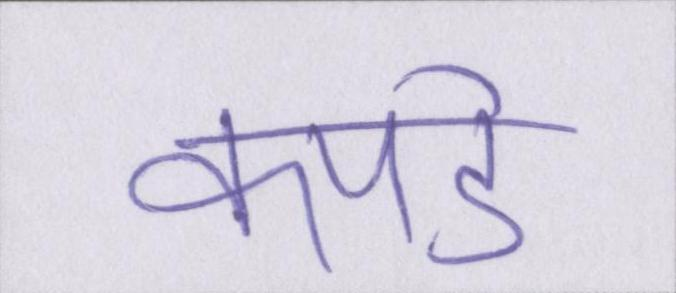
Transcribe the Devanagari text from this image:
कपडे